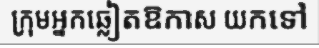
ក្រុមអ្នកឆ្លៀតឱកាស យកទៅ